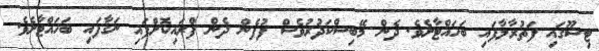
ޓިޝޫގައި ފަތުރާލާފައި ބަހައްޓާށެވެ. ދެން މޭބިސްކަދުރުވެސް ފުފެން ދެން ފްރައިކޮށްފައި ނަގާފައި ބަހައްޓާށެވެ.